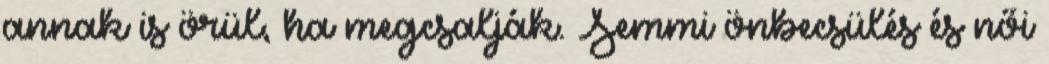
annak is örül, ha megcsalják. Semmi önbecsülés és női